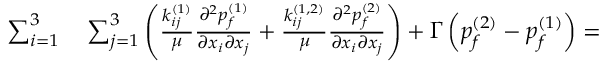
\begin{array} { r l } { \sum _ { i = 1 } ^ { 3 } } & { { } \sum _ { j = 1 } ^ { 3 } \left( \frac { k _ { i j } ^ { ( 1 ) } } { \mu } \frac { \partial ^ { 2 } { p _ { f } ^ { ( 1 ) } } } { \partial { x _ { i } } \partial { x _ { j } } } + \frac { k _ { i j } ^ { ( 1 , 2 ) } } { \mu } \frac { \partial ^ { 2 } { p _ { f } ^ { ( 2 ) } } } { \partial { x _ { i } } \partial { x _ { j } } } \right) + \Gamma \left( p _ { f } ^ { ( 2 ) } - p _ { f } ^ { ( 1 ) } \right) = \hphantom { X X X X X X X X X X X X X } } \end{array}